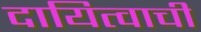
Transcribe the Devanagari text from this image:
दायित्वाची